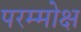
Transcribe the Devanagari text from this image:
परम्मोक्ष